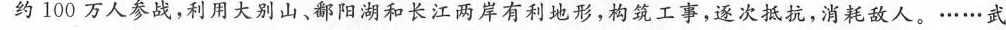
约100万人参战，利用大别山、鄱阳湖和长江两岸有利地形，构筑工事，逐次抵抗，消耗敌人。……武